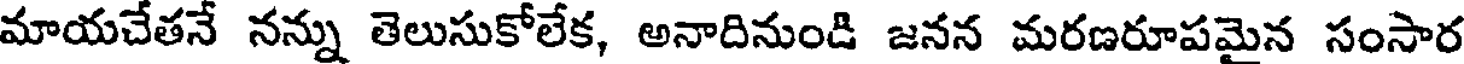
మాయచేతనే నన్ను తెలుసుకోలేక, అనాదినుండి జనన మరణరూపమైన సంసార